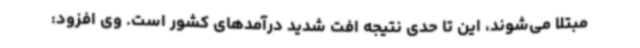
مبتلا می‌شوند، این تا حدی نتیجه افت شدید درآمدهای کشور است. وی افزود: